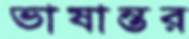
ভাষান্তর